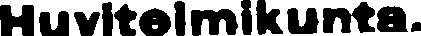
Huvitelmikunta.